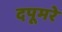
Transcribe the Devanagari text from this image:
दपूमरे